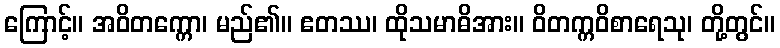
ကြောင့်။ အဝိတက္ကော၊ မည်၏။ ဧတဿ၊ ထိုသမာဓိအား။ ဝိတက္ကဝိစာရေသု၊ တို့တွင်။